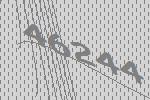
46244